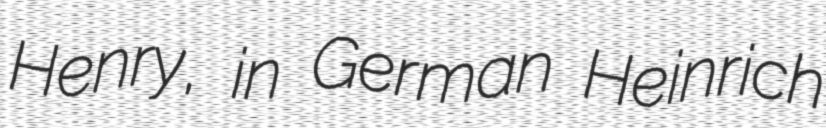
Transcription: Henry, in German Heinrich